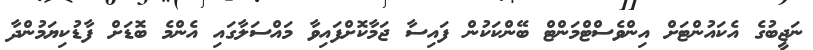
ނަޖީބުގެ އެކައުންޓަށް އިންވެސްޓްމަންޓް ބޭންކަކުން ފައިސާ ޖަމާކޮށްފައިވާ މައްސަލާގައި އެންމެ ބޮޑަށް ފާޑުކިޔަމުންދާ